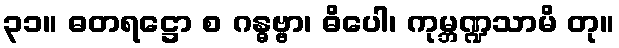
၃၁။ ဓတရဋ္ဌော စ ဂန္ဓဗ္ဗာ၊ ဓိပေါ၊ ကုမ္ဘဏ္ဍသာမိ တု။